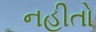
નહીતો